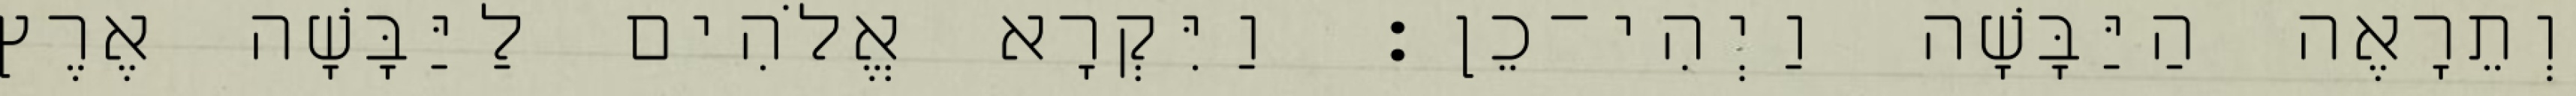
וְתֵרָאֶה הַיַּבָּשָׁה וַיְהִי־כֵן׃ וַיִּקְרָא אֱלֹהִים לַיַּבָּשָׁה אֶרֶץ